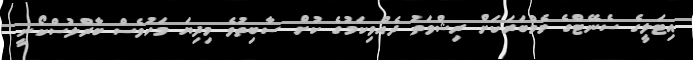
އިޓަލީގެ ސެނޭޓްގެ މެމްބަރަކަށް ރިޝްވަތު ދެއްވިކަމުގެ ކުށް ސާބިތުވެ މިދިޔަ މަހުވެސް ބާރްލުސްކޯނީ